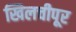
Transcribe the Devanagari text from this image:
खिलचीपूर